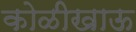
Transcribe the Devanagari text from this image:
कोळीखाऊ